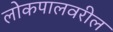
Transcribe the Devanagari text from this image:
लोकपालवरील